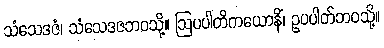
သံသေဒဇံ၊ သံသေဒဇဘဝသို့။ ဩပပါတိကယောနိံ၊ ဥပပါတ်ဘဝသို့။